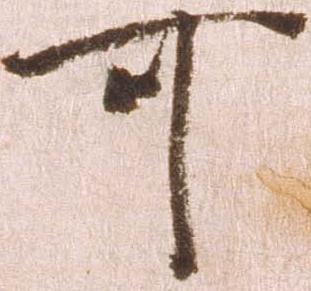
可